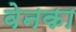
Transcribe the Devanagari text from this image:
वेनका